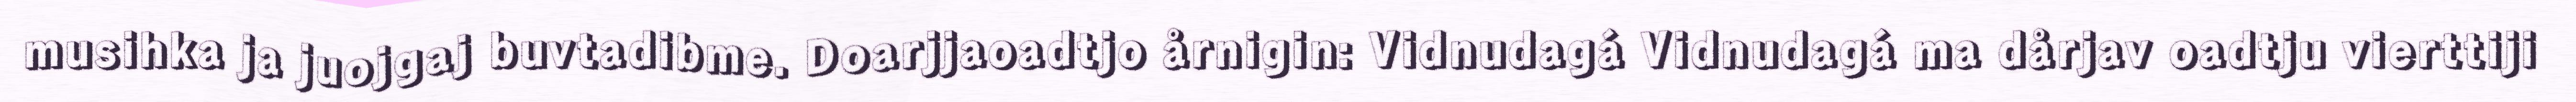
musihka ja juojgaj buvtadibme. Doarjjaoadtjo årnigin: Vidnudagá Vidnudagá ma dårjav oadtju vierttiji